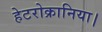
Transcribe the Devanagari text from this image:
हेटरोक्रानिया।